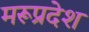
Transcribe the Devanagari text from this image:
मरूप्रदेश